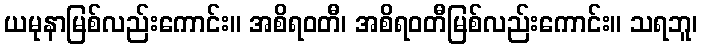
ယမုနာမြစ်လည်းကောင်း။ အစိရဝတီ၊ အစိရဝတီမြစ်လည်းကောင်း။ သရဘူ၊